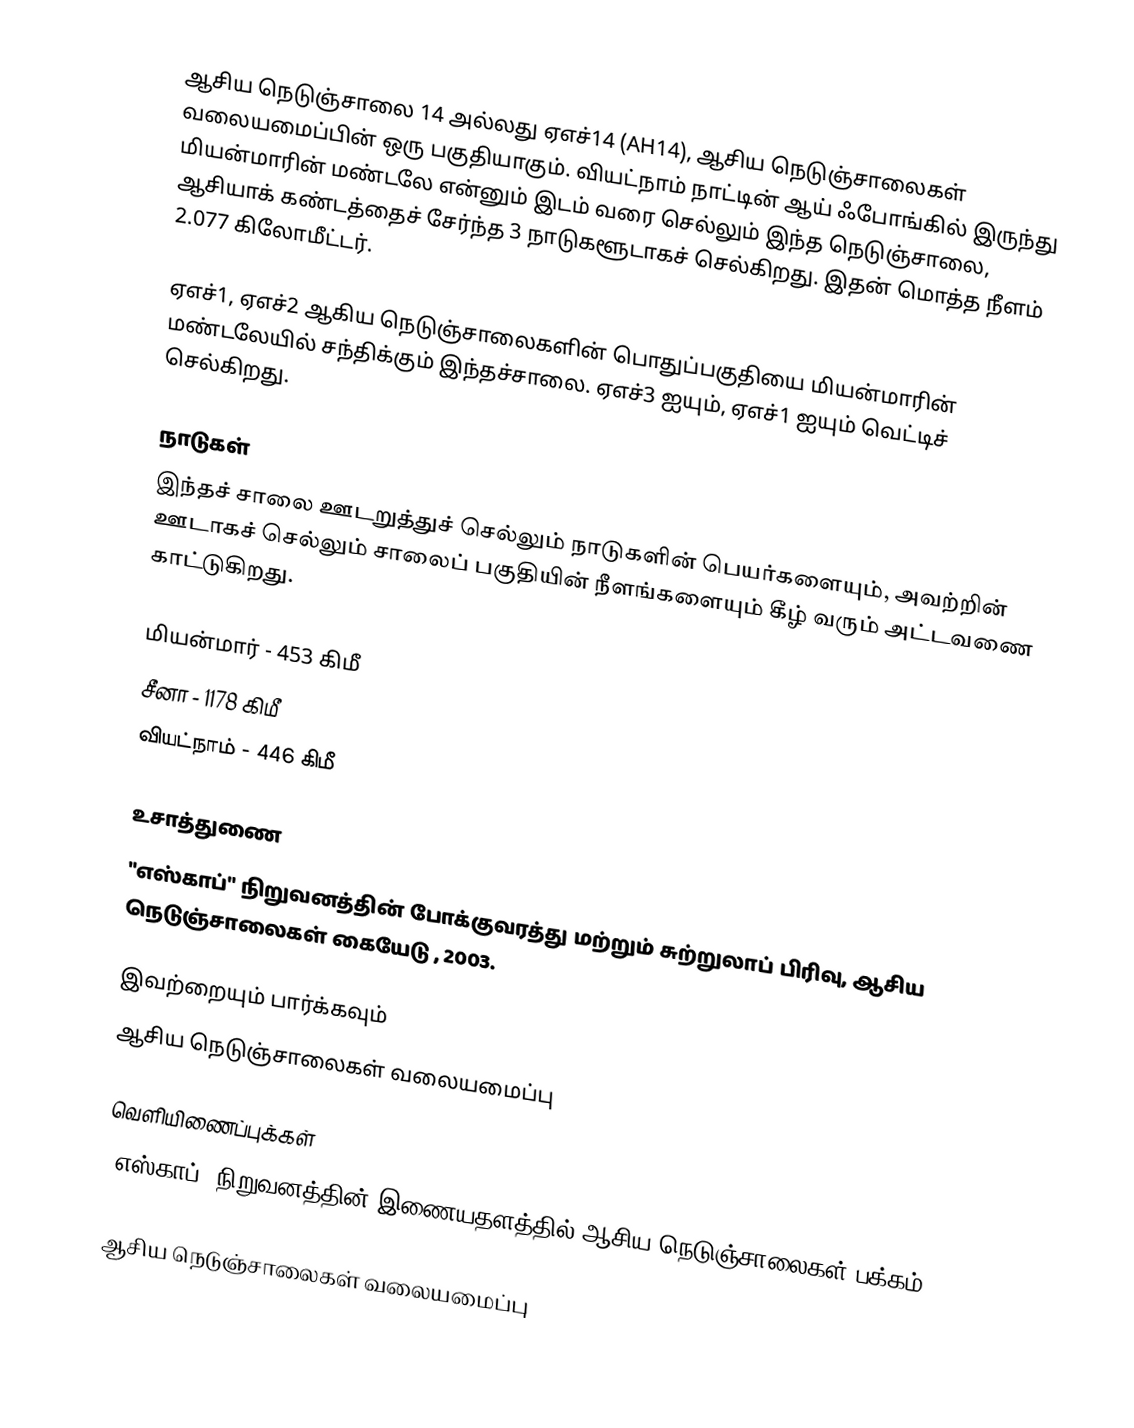
ஆசிய நெடுஞ்சாலை 14 அல்லது ஏஎச்14 (AH14), ஆசிய நெடுஞ்சாலைகள் வலையமைப்பின் ஒரு பகுதியாகும். வியட்நாம் நாட்டின் ஆய் ஃபோங்கில் இருந்து   மியன்மாரின் மண்டலே என்னும் இடம் வரை செல்லும் இந்த நெடுஞ்சாலை, ஆசியாக் கண்டத்தைச் சேர்ந்த 3 நாடுகளூடாகச் செல்கிறது. இதன் மொத்த நீளம் 2.077 கிலோமீட்டர்.

ஏஎச்1, ஏஎச்2 ஆகிய நெடுஞ்சாலைகளின் பொதுப்பகுதியை மியன்மாரின் மண்டலேயில் சந்திக்கும் இந்தச்சாலை. ஏஎச்3 ஐயும், ஏஎச்1 ஐயும் வெட்டிச் செல்கிறது.

நாடுகள்
இந்தச் சாலை ஊடறுத்துச் செல்லும் நாடுகளின் பெயர்களையும், அவற்றின் ஊடாகச் செல்லும் சாலைப் பகுதியின் நீளங்களையும் கீழ் வரும் அட்டவணை காட்டுகிறது.

 மியன்மார் - 453 கிமீ
 சீனா - 1178 கிமீ
 வியட்நாம் - 446 கிமீ

உசாத்துணை
 "எஸ்காப்" நிறுவனத்தின் போக்குவரத்து மற்றும் சுற்றுலாப் பிரிவு, ஆசிய நெடுஞ்சாலைகள் கையேடு , 2003.

இவற்றையும் பார்க்கவும்
 ஆசிய நெடுஞ்சாலைகள் வலையமைப்பு

வெளியிணைப்புக்கள்
 "எஸ்காப்" நிறுவனத்தின் இணையதளத்தில் ஆசிய நெடுஞ்சாலைகள் பக்கம்

 ஆசிய நெடுஞ்சாலைகள் வலையமைப்பு